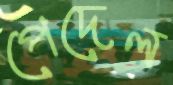
পেদেল